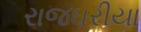
રાજઘરીયા